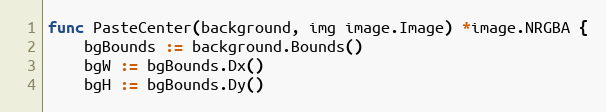
Language: Go
func PasteCenter(background, img image.Image) *image.NRGBA {
	bgBounds := background.Bounds()
	bgW := bgBounds.Dx()
	bgH := bgBounds.Dy()